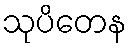
သုပိတေန